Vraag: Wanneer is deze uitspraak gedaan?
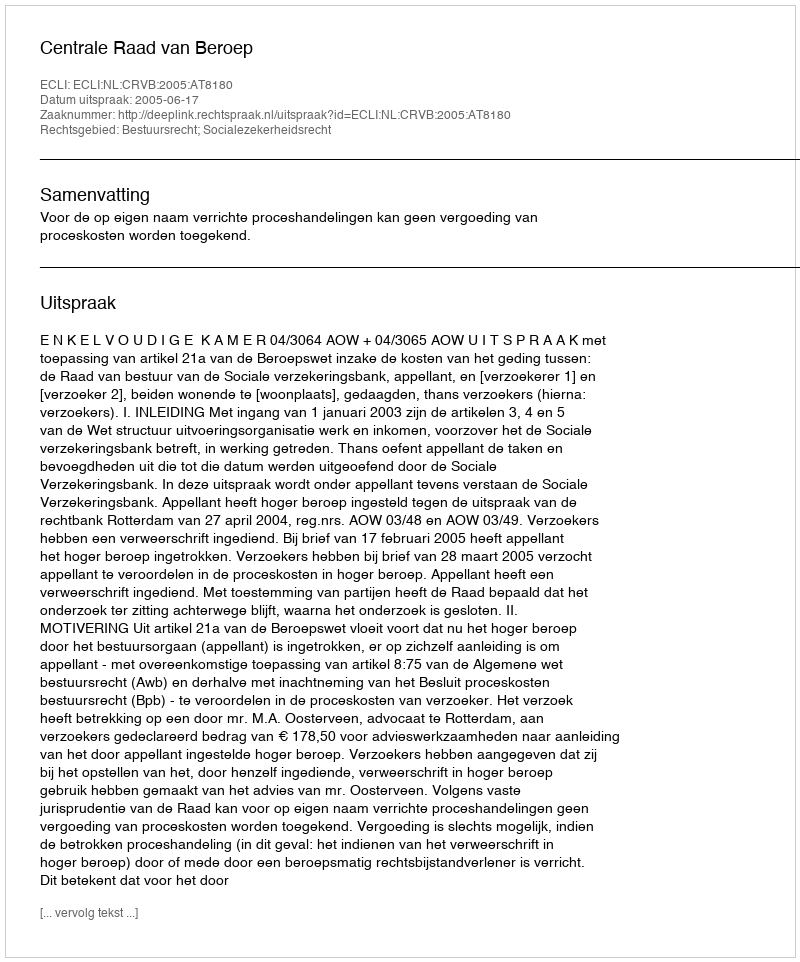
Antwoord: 2005-06-17